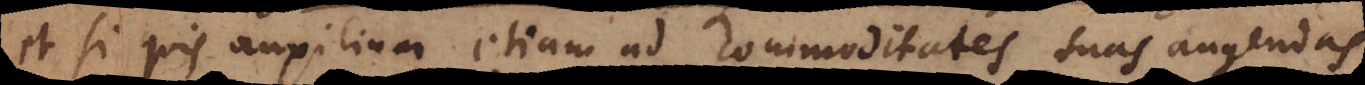
et si quis auxilium etiam ad commoditates suas augendas